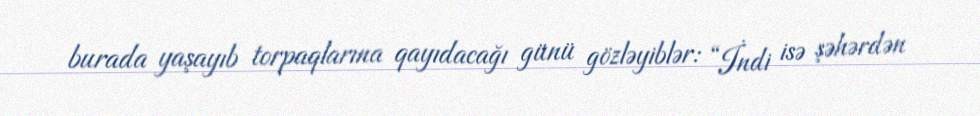
burada yaşayıb torpaqlarına qayıdacağı günü gözləyiblər: “İndi isə şəhərdən